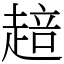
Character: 䞳